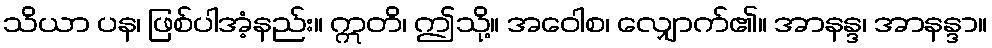
သိယာ ပန၊ ဖြစ်ပါအံ့နည်း။ ဣတိ၊ ဤသို့။ အဝေါစ၊ လျှောက်၏။ အာနန္ဒ၊ အာနန္ဒာ။